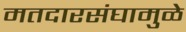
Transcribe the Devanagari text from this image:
मतदारसंघामुळे